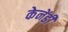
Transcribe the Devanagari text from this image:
केनेंडी